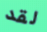
لقد